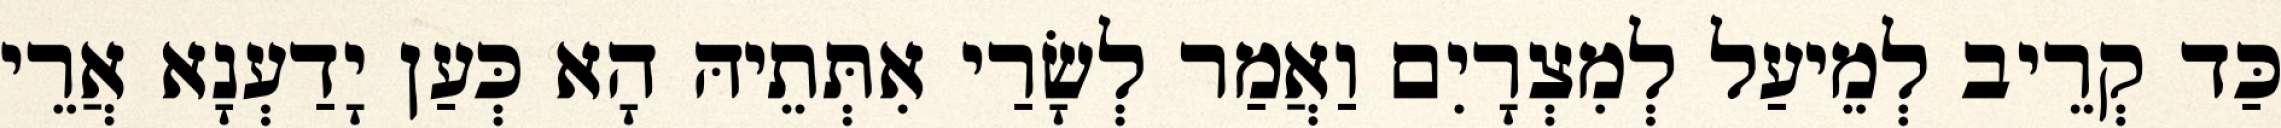
כַּד קְרֵיב לְמֵיעַל לְמִצְרָיִם וַאֲמַר לְשָׂרַי אִתְּתֵיהּ הָא כְּעַן יָדַעְנָא אֲרֵי